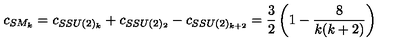
c _ { S M _ { k } } = c _ { S S U ( 2 ) _ { k } } + c _ { S S U ( 2 ) _ { 2 } } - c _ { S S U ( 2 ) _ { k + 2 } } = \frac { 3 } { 2 } \left( 1 - \frac { 8 } { k ( k + 2 ) } \right)